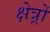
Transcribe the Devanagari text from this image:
क्षेत्र्रों